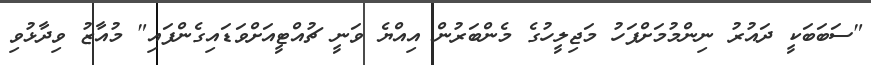
"ސަބަބަކީ ދައުރު ނިންމުމަށްފަހު މަޖިލީހުގެ މެންބަރުން އިއްޔެ ވަނީ ޗުއްޓީއަށްވަޑައިގެންފައި" މުއާޒު ވިދާޅުވި